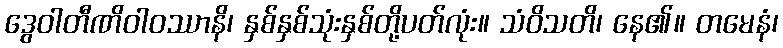
ဒွေဝါတီဏိဝါဝဿာနိ၊ နှစ်နှစ်သုံးနှစ်တို့ပတ်လုံး။ သံဝိသတိ၊ နေ၏။ တမေနံ၊